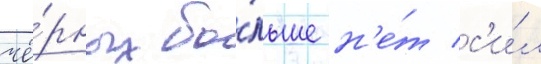
чё́рных бо́льше н'е́т с'и́л